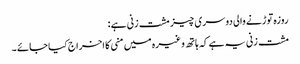
روزہ توڑنے والی دوسری چیز مشت زنی ہے :
مشت زنی یہ ہے کہ ہاتھ وغیرہ میں منی کا اخراج کیا جائے ۔